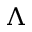
\Lambda